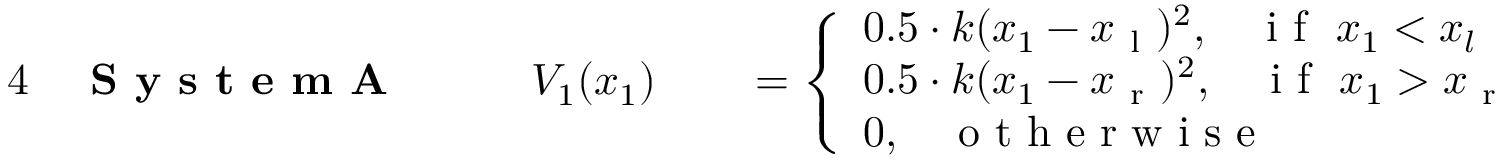
\begin{array} { r l r l r l } { { 4 } } & { { } \textbf { S y s t e m A } \: \: \: \: } & { } & { { } V _ { 1 } ( x _ { 1 } ) } & { } & { { } = \left\{ \begin{array} { l l } { 0 . 5 \cdot k ( x _ { 1 } - x _ { \mathrm { ~ l ~ } } ) ^ { 2 } , \: \: \: \: \mathrm { ~ i ~ f ~ } \ x _ { 1 } < x _ { l } } \\ { 0 . 5 \cdot k ( x _ { 1 } - x _ { \mathrm { ~ r ~ } } ) ^ { 2 } , \: \: \: \: \mathrm { ~ i ~ f ~ } \ x _ { 1 } > x _ { \mathrm { ~ r ~ } } } \\ { 0 , \: \: \: \: \mathrm { ~ o ~ t ~ h ~ e ~ r ~ w ~ i ~ s ~ e ~ } } \end{array} \right. } \end{array}